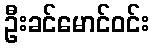
ဦးခင်မောင်ဝင်း